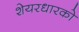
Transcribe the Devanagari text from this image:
शेयरधारको